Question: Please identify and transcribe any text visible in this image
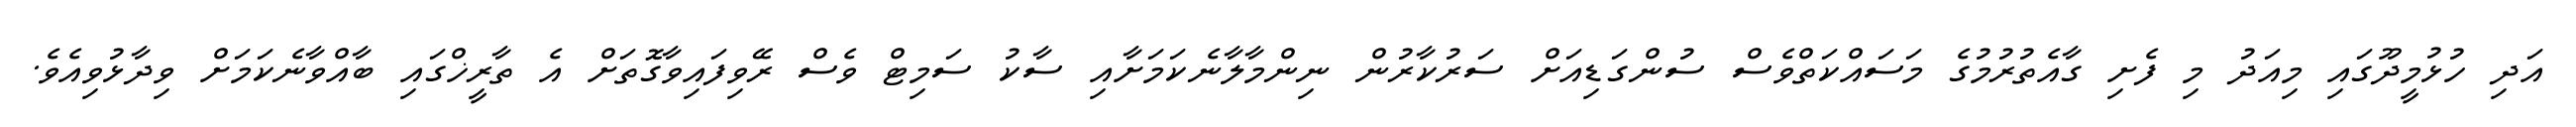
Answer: އަދި ހުޅުމީދޫގައި މިއަދު މި ފެށި ގާއެތުރުމުގެ މަސައްކަތްވެސް ސުންގަޑިއަށް ސަރުކާރުން ނިންމާލާނެކަމަށާއި ސާކު ސަމިޓް ވެސް ރޭވިފައިވާގޮތަށް އެ ތާރީޚްގައި ބާއްވާނެކަމަށް ވިދާޅުވިއެވެ.